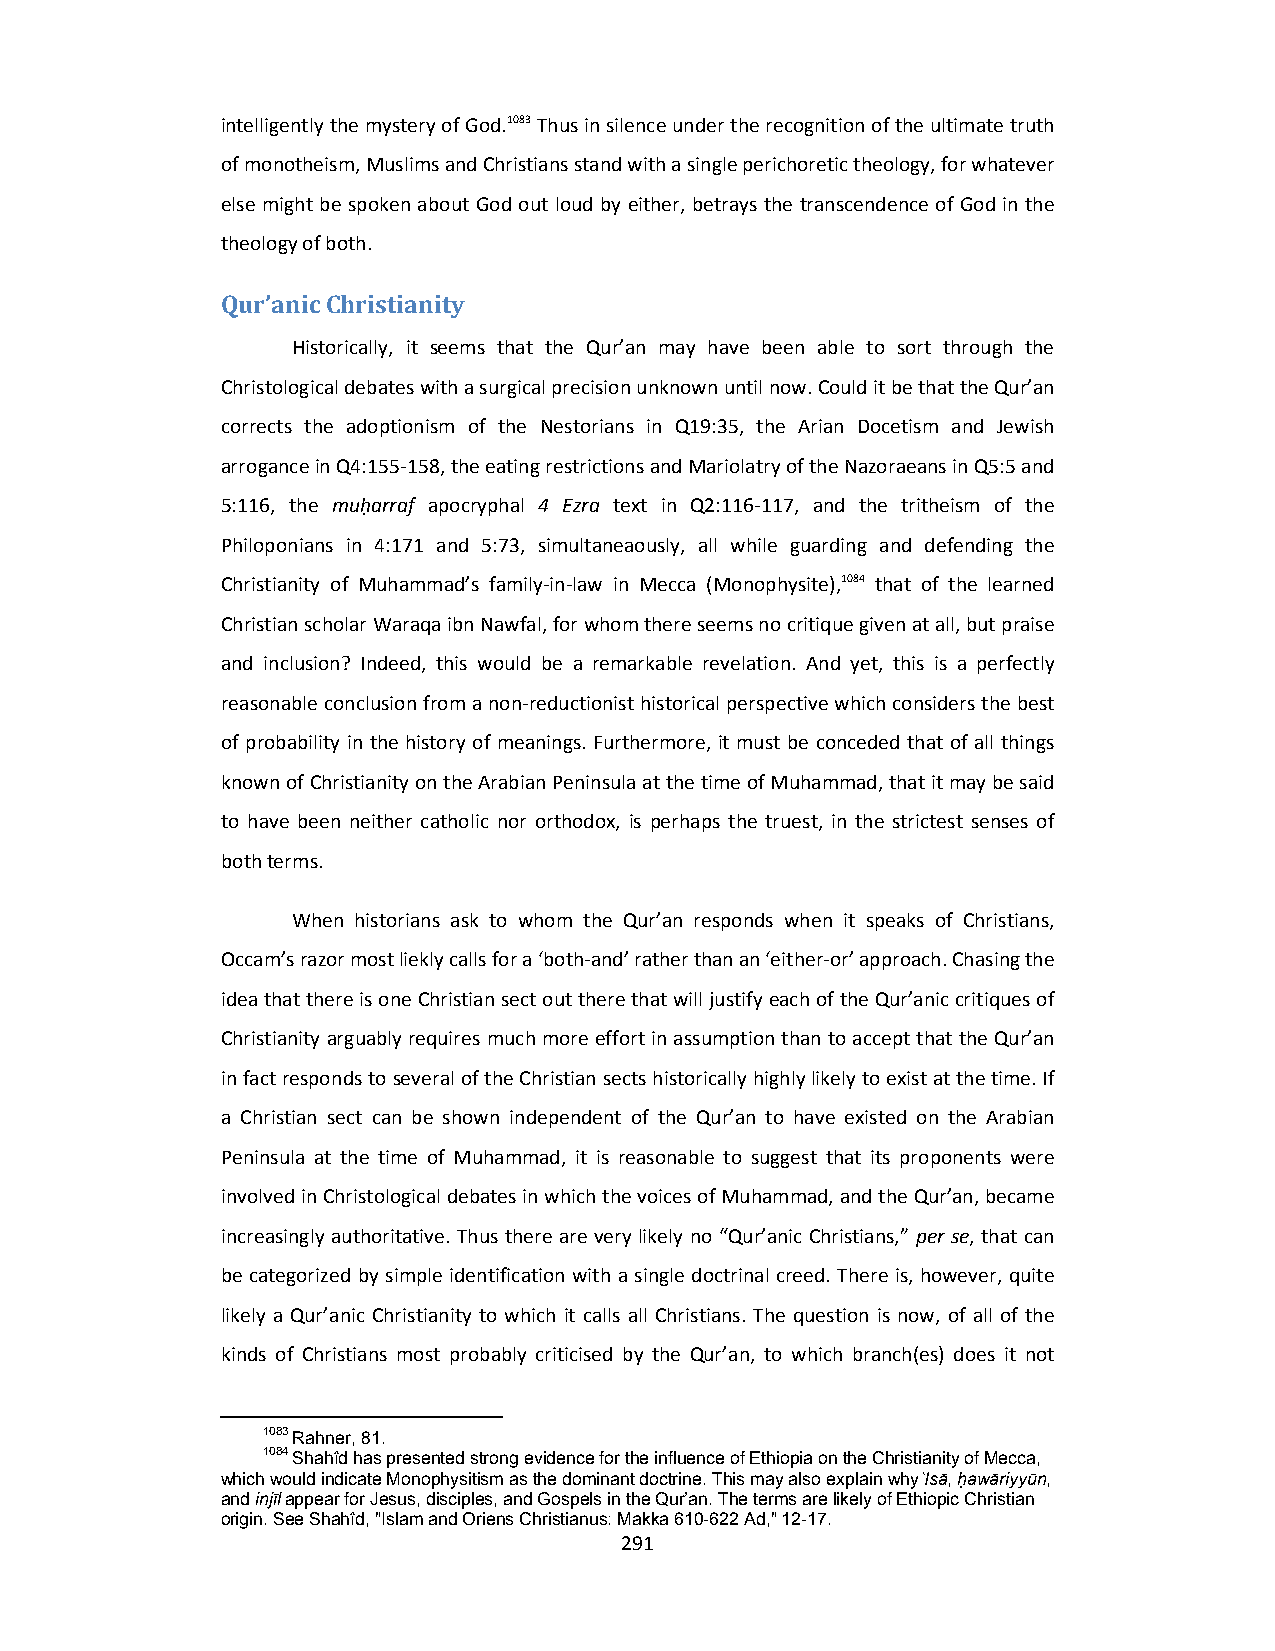
intelligently the mystery of God.1083 Thus in silence under the recognition of the ultimate truth
 of monotheism, Muslims and Christians stand with a single perichoretic theology, for whatever
 else might be spoken about God out loud by either, betrays the transcendence of God in the
 theology of both.
 Qur’anic Christianity
 Historically, it seems that the Qur’an may have been able to sort through the
 Christological debates with a surgical precision unknown until now. Could it be that the Qur’an
 corrects the adoptionism of the Nestorians in Q19:35, the Arian Docetism and Jewish
 arrogance in Q4:155‐158, the eating restrictions and Mariolatry of the Nazoraeans in Q5:5 and
 5:116, the muḥarraf apocryphal 4 Ezra text in Q2:116‐117, and the tritheism of the
 Philoponians in 4:171 and 5:73, simultaneaously, all while guarding and defending the
 Christianity of Muhammad’s family‐in‐law in Mecca (Monophysite),1084 that of the learned
 Christian scholar Waraqa ibn Nawfal, for whom there seems no critique given at all, but praise
 and inclusion? Indeed, this would be a remarkable revelation. And yet, this is a perfectly
 reasonable conclusion from a non‐reductionist historical perspective which considers the best
 of probability in the history of meanings. Furthermore, it must be conceded that of all things
 known of Christianity on the Arabian Peninsula at the time of Muhammad, that it may be said
 to have been neither catholic nor orthodox, is perhaps the truest, in the strictest senses of
 both terms.
 When historians ask to whom the Qur’an responds when it speaks of Christians,
 Occam’s razor most liekly calls for a ‘both‐and’ rather than an ‘either‐or’ approach. Chasing the
 idea that there is one Christian sect out there that will justify each of the Qur’anic critiques of
 Christianity arguably requires much more effort in assumption than to accept that the Qur’an
 in fact responds to several of the Christian sects historically highly likely to exist at the time. If
 a Christian sect can be shown independent of the Qur’an to have existed on the Arabian
 Peninsula at the time of Muhammad, it is reasonable to suggest that its proponents were
 involved in Christological debates in which the voices of Muhammad, and the Qur’an, became
 increasingly authoritative. Thus there are very likely no “Qur’anic Christians,” per se, that can
 be categorized by simple identification with a single doctrinal creed. There is, however, quite
 likely a Qur’anic Christianity to which it calls all Christians. The question is now, of all of the
 kinds of Christians most probably criticised by the Qur’an, to which branch(es) does it not
 1083 Rahner, 81.
 1084 Shahîd has presented strong evidence for the influence of Ethiopia on the Christianity of Mecca,
 which would indicate Monophysitism as the dominant doctrine. This may also explain why ͑Isā, ḥawāriyyūn,
 and injīl appear for Jesus, disciples, and Gospels in the Qur’an. The terms are likely of Ethiopic Christian
 origin. See Shahîd, "Islam and Oriens Christianus: Makka 610-622 Ad," 12-17.
 291